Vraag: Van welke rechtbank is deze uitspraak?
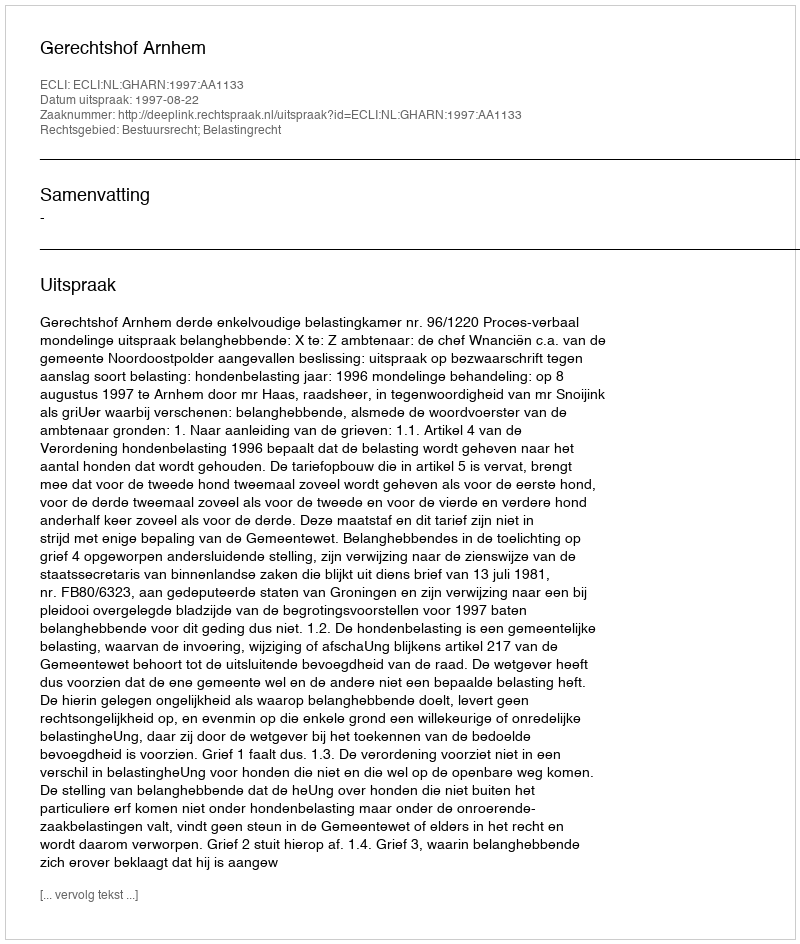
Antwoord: Gerechtshof Arnhem